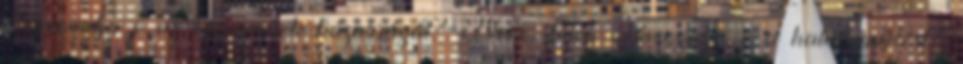
Támogatja-e az egyneműek házasságát? Nem Igen Támogatja-e a halálbüntetést?